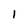
Character: 1